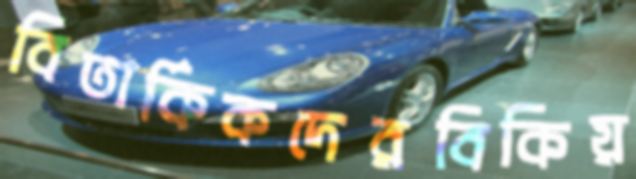
বিতার্কিকদেরবিকিয়